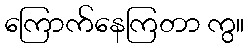
ကြောက်နေကြတာ ကွ။